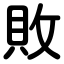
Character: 敗